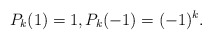
\begin{align*}P_k(1)=1, P_k(-1)=(-1)^k.\end{align*}